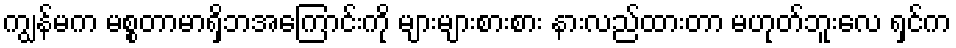
ကျွန်မက မစ္စတာမာရှိဘအကြောင်းကို များများစားစား နားလည်ထားတာ မဟုတ်ဘူးလေ ရှင်က